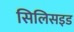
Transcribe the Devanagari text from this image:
सिलिसइड